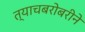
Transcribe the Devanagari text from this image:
त्याचबरोबरीने